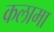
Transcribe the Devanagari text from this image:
कलामा